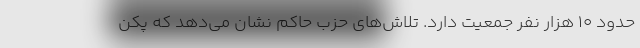
حدود 10 هزار نفر جمعیت دارد. تلاش‌های حزب حاکم نشان می‌دهد که پکن